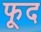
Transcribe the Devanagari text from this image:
फूद